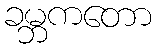
ခမ္ဘကတော